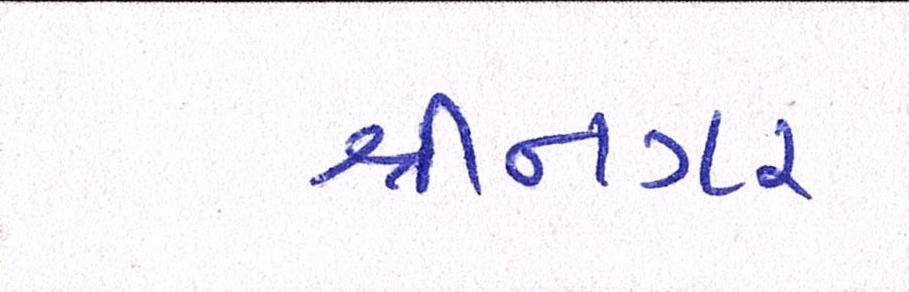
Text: શ્રીનગર